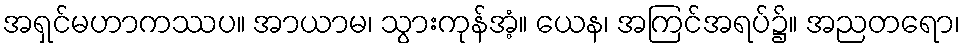
အရှင်မဟာကဿပ။ အာယာမ၊ သွားကုန်အံ့။ ယေန၊ အကြင်အရပ်၌။ အညတရော၊